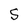
Character: S